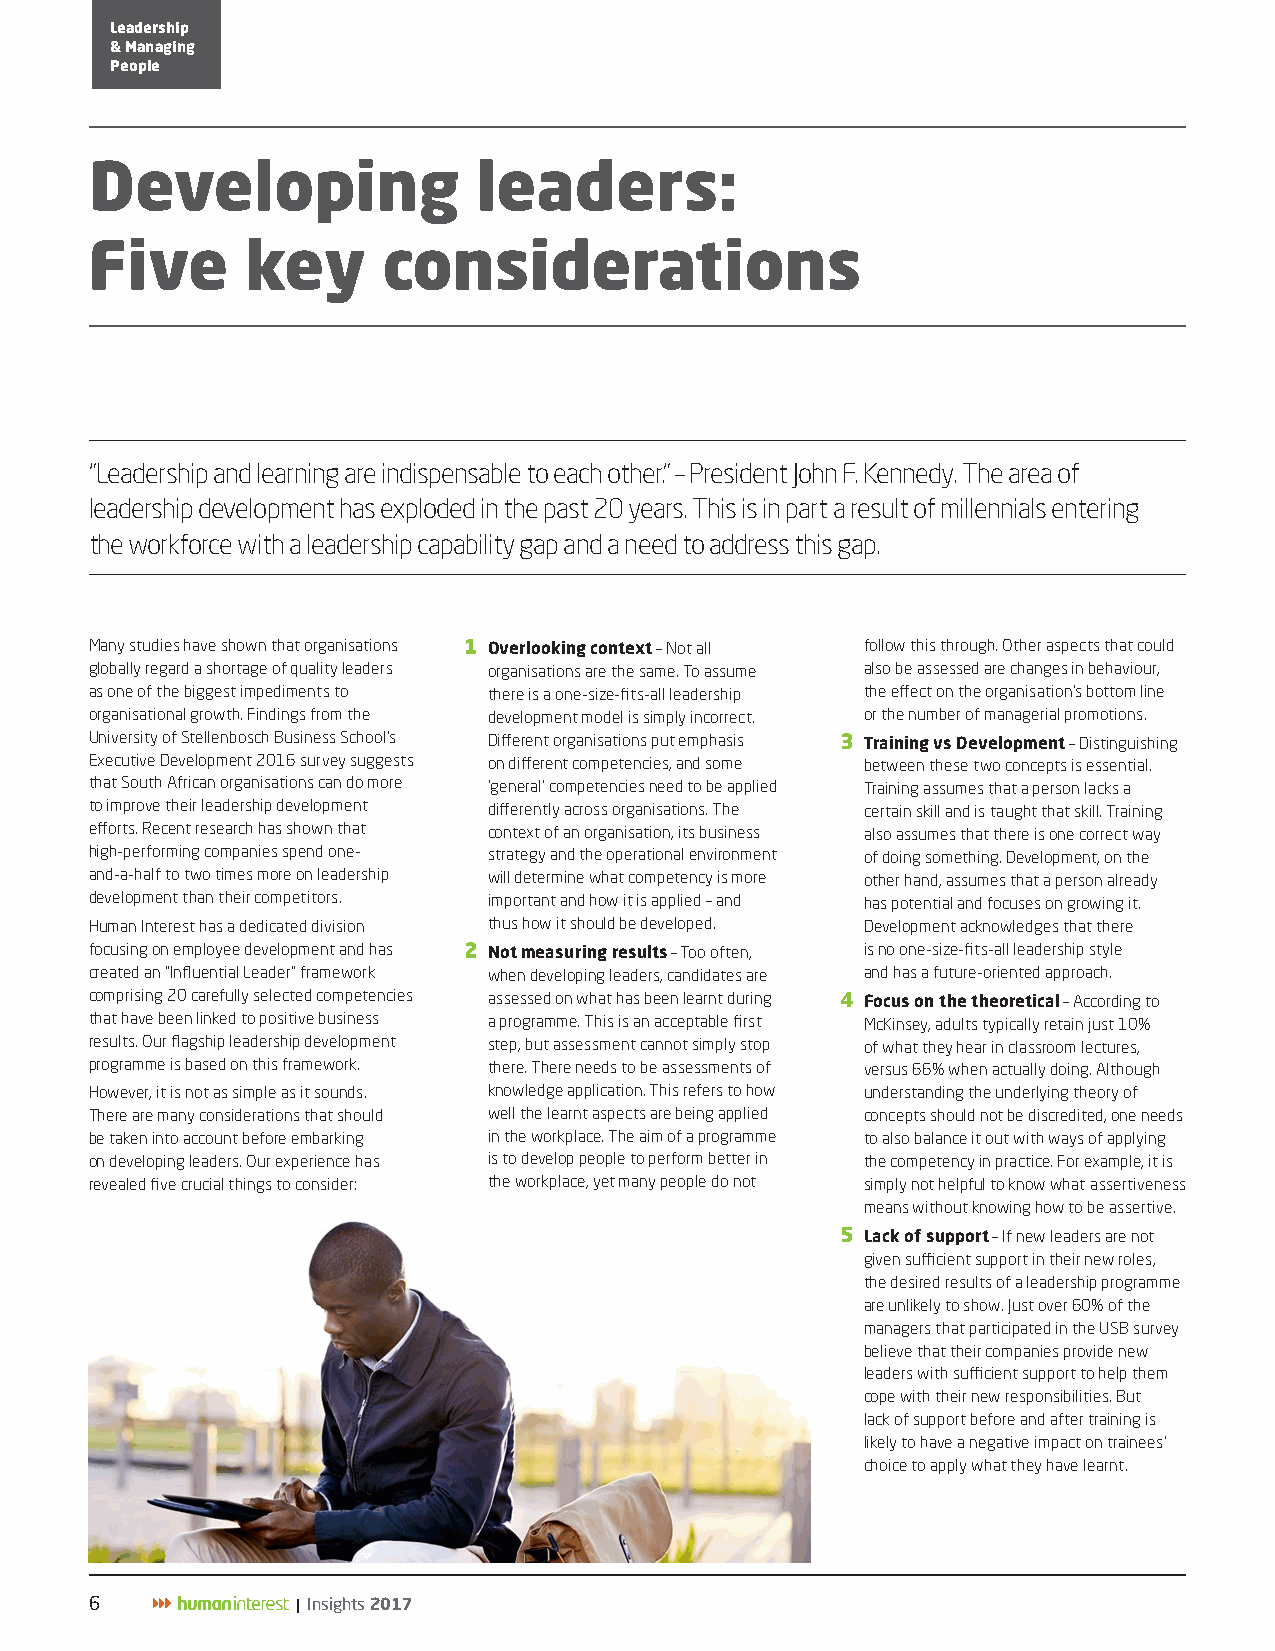
Leadership
 & Managing
 People
 Developing                leaders:
 Five      key      considerations
 “Leadership and learning are indispensable to each other.” – President John F. Kennedy. The area of
 leadership development has exploded in the past 20 years. This is in part a result of millennials entering
 the workforce with a leadership capability gap and a need to address this gap.
 Many studies have shown that organisations 1 Overlooking context – Not all follow this through. Other aspects that could
 globally regard a shortage of quality leaders organisations are the same. To assume also be assessed are changes in behaviour,
 as one of the biggest impediments to there is a one-size-fits-all leadership the effect on the organisation’s bottom line
 organisational growth. Findings from the development model is simply incorrect. or the number of managerial promotions.
 University of Stellenbosch Business School’s Different organisations put emphasis 3 Training vs Development – Distinguishing
 Executive Development 2016 survey suggests on different competencies, and some between these two concepts is essential.
 that South African organisations can do more ‘general’ competencies need to be applied Training assumes that a person lacks a
 to improve their leadership development differently across organisations. The certain skill and is taught that skill. Training
 efforts. Recent research has shown that context of an organisation, its business also assumes that there is one correct way
 high-performing companies spend one- strategy and the operational environment of doing something. Development, on the
 and-a-half to two times more on leadership will determine what competency is more other hand, assumes that a person already
 development than their competitors. important and how it is applied – and has potential and focuses on growing it.
 Human Interest has a dedicated division thus how it should be developed. Development acknowledges that there
 focusing on employee development and has 2 Not measuring results – Too often, is no one-size-fits-all leadership style
 created an “Influential Leader” framework when developing leaders, candidates are and has a future-oriented approach.
 comprising 20 carefully selected competencies assessed on what has been learnt during 4 Focus on the theoretical – According to
 that have been linked to positive business a programme. This is an acceptable first McKinsey, adults typically retain just 10%
 results. Our flagship leadership development step, but assessment cannot simply stop of what they hear in classroom lectures,
 programme is based on this framework. there. There needs to be assessments of versus 66% when actually doing. Although
 However, it is not as simple as it sounds. knowledge application. This refers to how understanding the underlying theory of
 There are many considerations that should well the learnt aspects are being applied concepts should not be discredited, one needs
 be taken into account before embarking in the workplace. The aim of a programme to also balance it out with ways of applying
 on developing leaders. Our experience has is to develop people to perform better in the competency in practice. For example, it is
 revealed five crucial things to consider: the workplace, yet many people do not simply not helpful to know what assertiveness
 means without knowing how to be assertive.
 5 Lack of support – If new leaders are not
 given sufficient support in their new roles,
 the desired results of a leadership programme
 are unlikely to show. Just over 60% of the
 managers that participated in the USB survey
 believe that their companies provide new
 leaders with sufficient support to help them
 cope with their new responsibilities. But
 lack of support before and after training is
 likely to have a negative impact on trainees’
 choice to apply what they have learnt.
 6             | Insights 2017